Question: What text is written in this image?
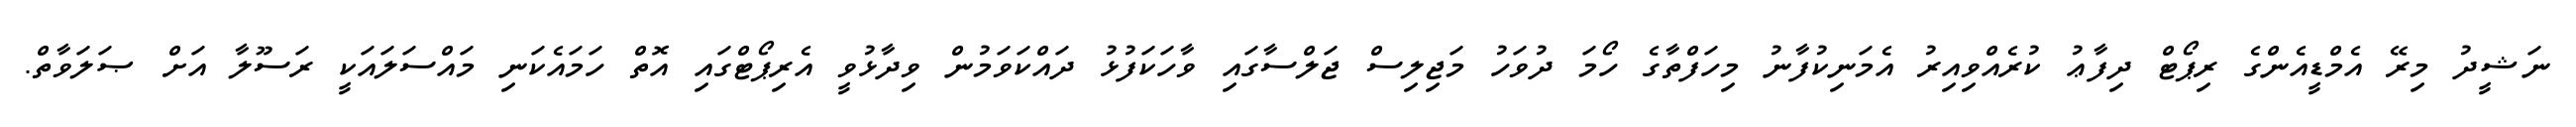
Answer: ނަޝީދު މިރޭ އެމްޑީއެންގެ ރިޕޯޓް ދިފާޢު ކުރެއްވިއިރު އެމަނިކުފާނު މިހަފްތާގެ ހޯމަ ދުވަހު މަޖިލިސް ޖަލްސާގައި ވާހަކަފުޅު ދައްކަވަމުން ވިދާޅުވީ އެރިޕޯޓްގައި އޮތް ހަމައެކަނި މައްސަލައަކީ ރަސޫލާ އަށް ޞަލަވާތް.